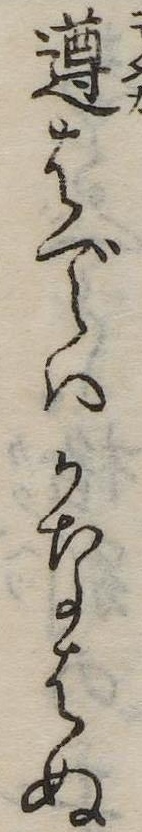
遵はではかなはぬ